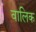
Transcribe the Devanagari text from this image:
वालिक